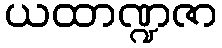
ယထာဏ္ဍဇာ